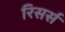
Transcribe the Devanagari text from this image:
रिसर्स